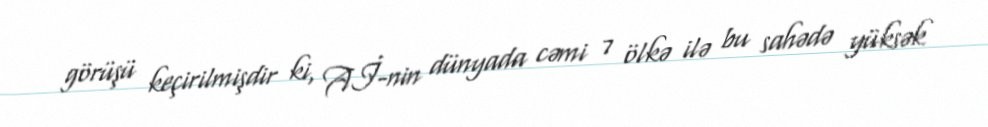
görüşü keçirilmişdir ki, Aİ-nin dünyada cəmi 7 ölkə ilə bu sahədə yüksək